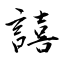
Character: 譆